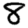
Digit: 8